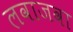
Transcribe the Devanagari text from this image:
लवाजवा